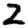
Digit: 2